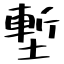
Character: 塹